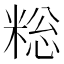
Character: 𫃄